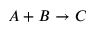
A + B \to C